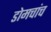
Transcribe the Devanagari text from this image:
डोमचांच